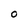
Character: O